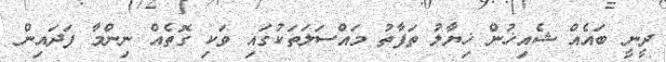
ދީނީ ބައެއް ޝެއިޚުން ޚިޔާލު ތަފާތު މައްސަލަތަކުގައި ވަކި ގޮތެއް ނިންމާ ފަދައިން